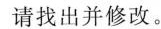
请找出并修改。